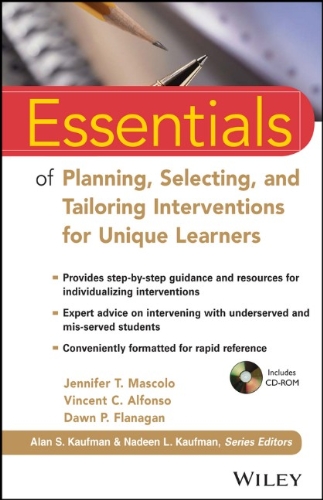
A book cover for Essentials of Planning, Selecting, and Tailoring Interventions for Unique Learners (Essentials of Psychological Assessment); Jennifer T. Mascolo; Medical Books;